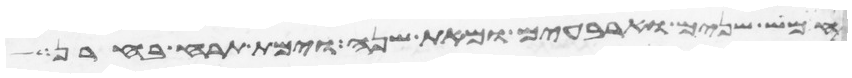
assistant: חמש שנים וארבעים ומאת שנה וימת תרח בחרן